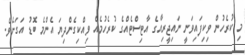
މި ކުރެހުން ވިކިފައިވަނީ ނައިޖީރިއާގެ އާޓިސްޓެއްގެ ކުރެހުމެއް ވިއްކިގެންދިޔަ އެންމެ ބޮޑު އަގަށެވެ.